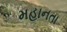
મહાનતા